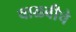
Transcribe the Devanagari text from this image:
वाळवीचे